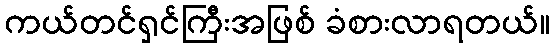
ကယ်တင်ရှင်ကြီးအဖြစ် ခံစားလာရတယ်။